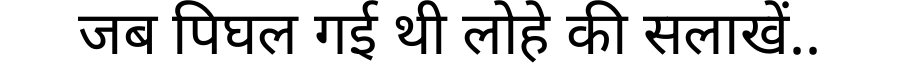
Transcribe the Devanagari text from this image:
जब पिघल गई थी लोहे की सलाखें..